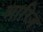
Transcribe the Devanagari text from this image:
आरिज़